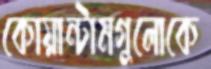
কোয়ান্টামগুলোকে